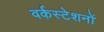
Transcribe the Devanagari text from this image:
वर्कस्टेशनों